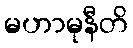
မဟာမုနီတိ